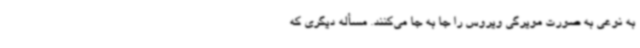
به نوعی به‌ صورت مویرگی ویروس را جا به جا می‌کنند. مسأله دیگری که